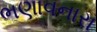
ભણાવનારા